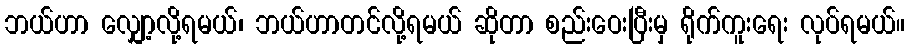
ဘယ်ဟာ လျှော့လို့ရမယ်၊ ဘယ်ဟာတင်လို့ရမယ် ဆိုတာ စည်းဝေးပြီးမှ ရိုက်ကူးရေး လုပ်ရမယ်။